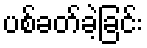
ပစ်ခတ်ခဲ့ခြင်း